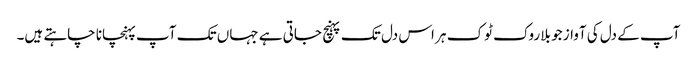
آپ کے دل کی آواز جو بلا روک ٹوک ہر اس دل تک پہنچ جاتی ہے جہاں تک آپ پہنچانا چاہتے ہیں۔